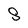
Character: S